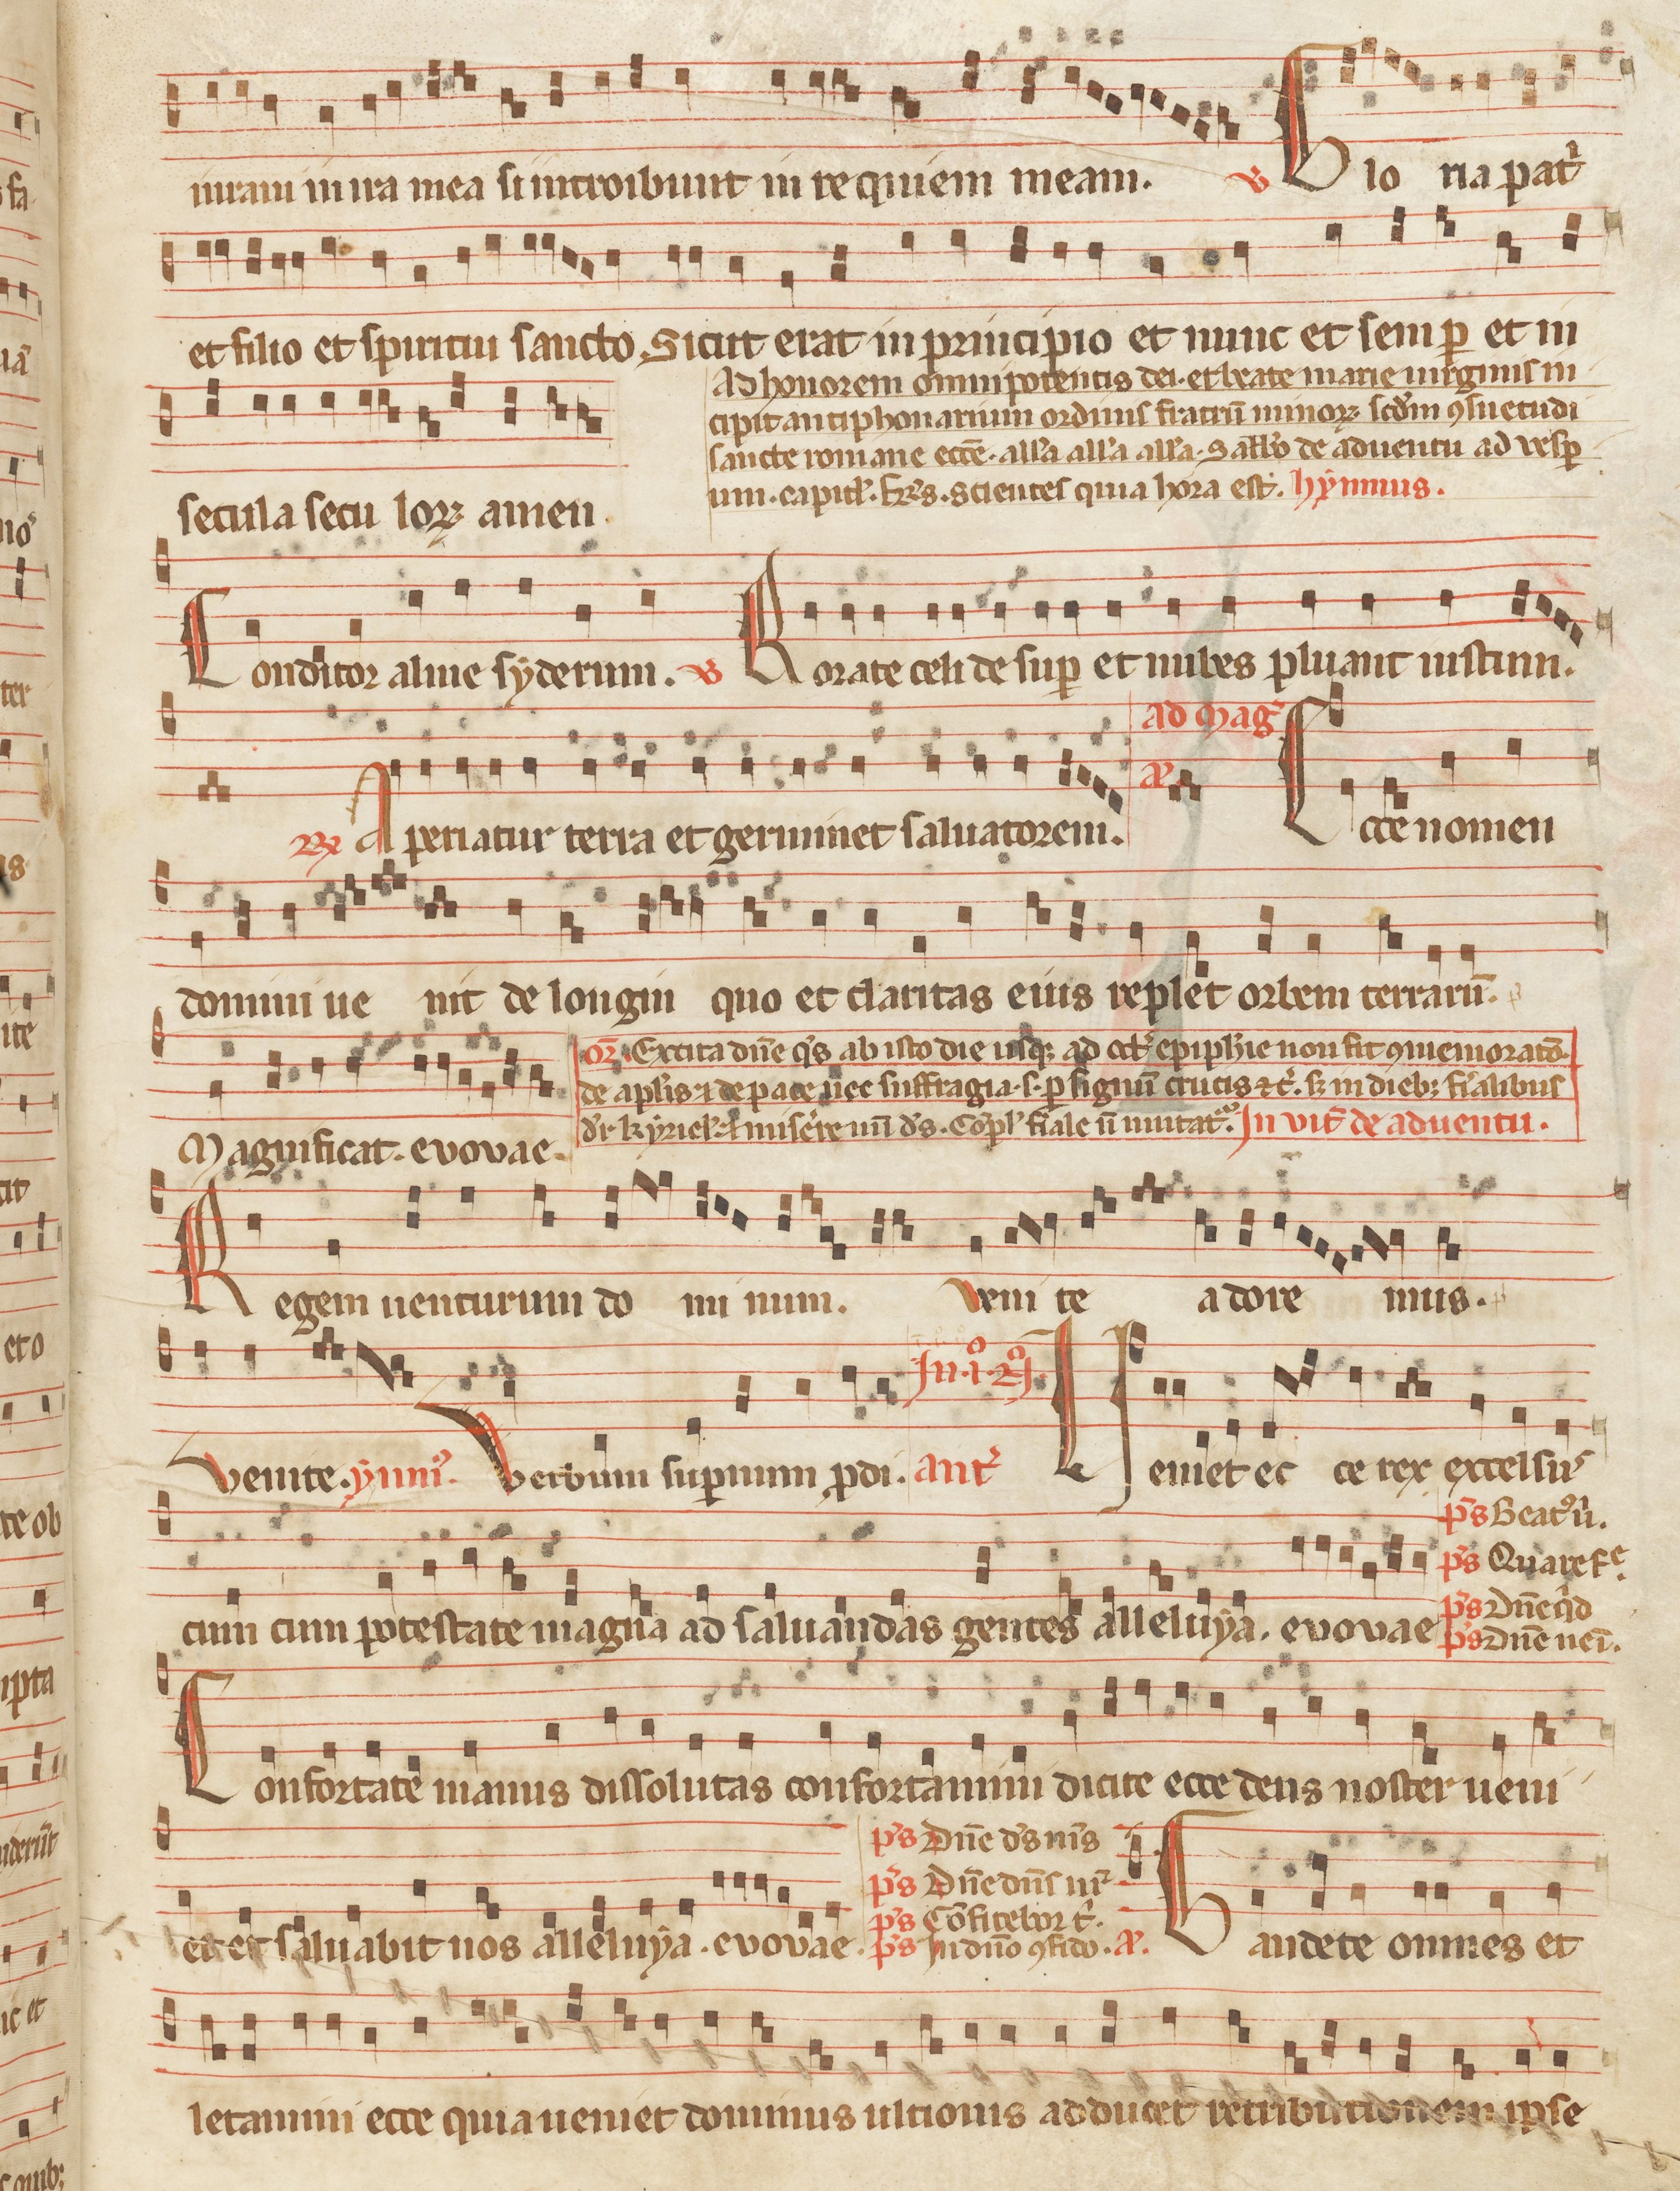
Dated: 1260–1315